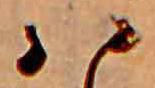
ハ